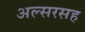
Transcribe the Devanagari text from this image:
अल्सरसह